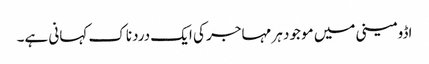
اڈومینی میں موجود ہر مہاجر کی ایک دردناک کہانی ہے۔